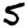
Digit: 5